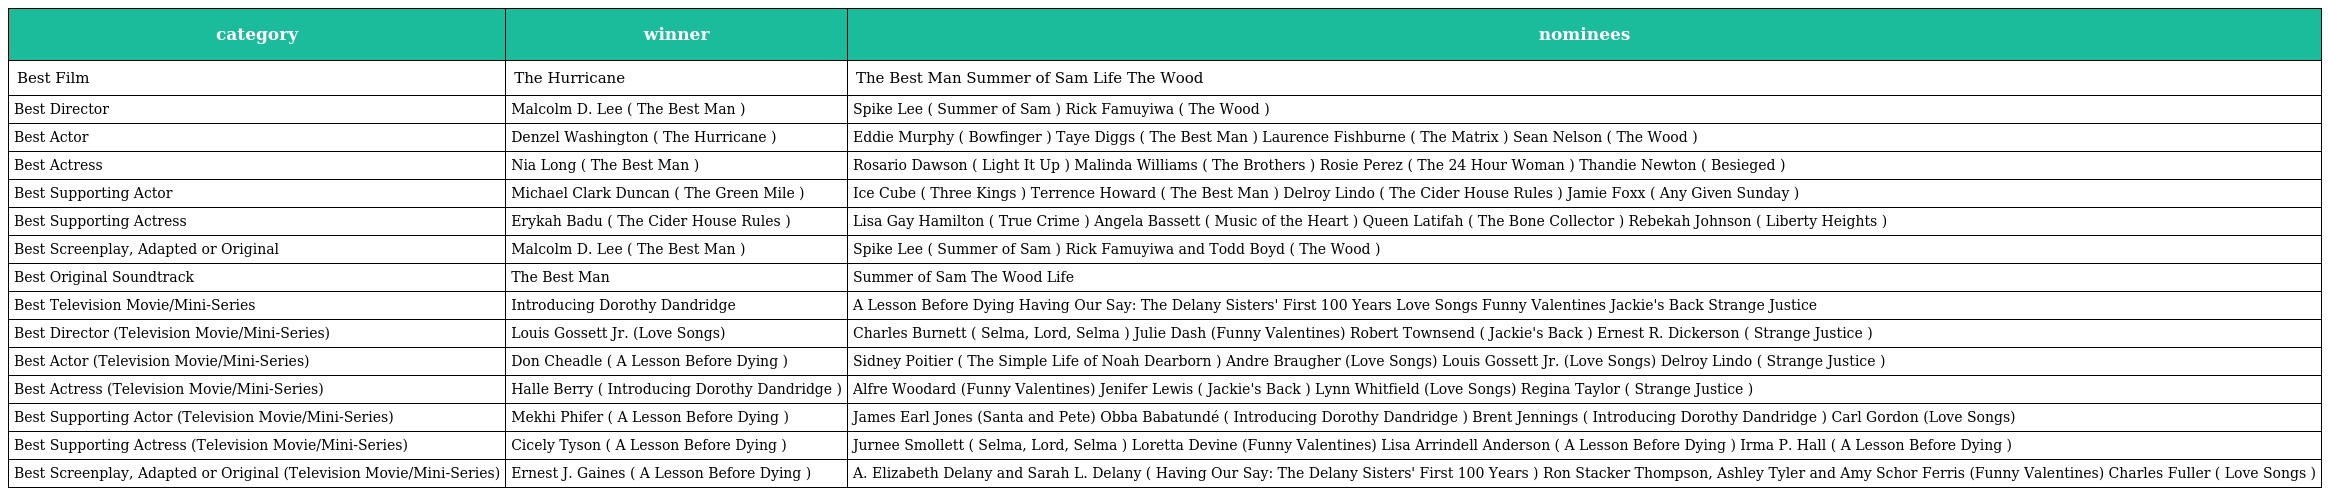
| category | winner | nominees |
 | --- | --- | --- |
 | Best Film | The Hurricane | The Best Man Summer of Sam Life The Wood |
 | Best Director | Malcolm D. Lee ( The Best Man ) | Spike Lee ( Summer of Sam ) Rick Famuyiwa ( The Wood ) |
 | Best Actor | Denzel Washington ( The Hurricane ) | Eddie Murphy ( Bowfinger ) Taye Diggs ( The Best Man ) Laurence Fishburne ( The Matrix ) Sean Nelson ( The Wood ) |
 | Best Actress | Nia Long ( The Best Man ) | Rosario Dawson ( Light It Up ) Malinda Williams ( The Brothers ) Rosie Perez ( The 24 Hour Woman ) Thandie Newton ( Besieged ) |
 | Best Supporting Actor | Michael Clark Duncan ( The Green Mile ) | Ice Cube ( Three Kings ) Terrence Howard ( The Best Man ) Delroy Lindo ( The Cider House Rules ) Jamie Foxx ( Any Given Sunday ) |
 | Best Supporting Actress | Erykah Badu ( The Cider House Rules ) | Lisa Gay Hamilton ( True Crime ) Angela Bassett ( Music of the Heart ) Queen Latifah ( The Bone Collector ) Rebekah Johnson ( Liberty Heights ) |
 | Best Screenplay, Adapted or Original | Malcolm D. Lee ( The Best Man ) | Spike Lee ( Summer of Sam ) Rick Famuyiwa and Todd Boyd ( The Wood ) |
 | Best Original Soundtrack | The Best Man | Summer of Sam The Wood Life |
 | Best Television Movie/Mini-Series | Introducing Dorothy Dandridge | A Lesson Before Dying Having Our Say: The Delany Sisters' First 100 Years Love Songs Funny Valentines Jackie's Back Strange Justice |
 | Best Director (Television Movie/Mini-Series) | Louis Gossett Jr. (Love Songs) | Charles Burnett ( Selma, Lord, Selma ) Julie Dash (Funny Valentines) Robert Townsend ( Jackie's Back ) Ernest R. Dickerson ( Strange Justice ) |
 | Best Actor (Television Movie/Mini-Series) | Don Cheadle ( A Lesson Before Dying ) | Sidney Poitier ( The Simple Life of Noah Dearborn ) Andre Braugher (Love Songs) Louis Gossett Jr. (Love Songs) Delroy Lindo ( Strange Justice ) |
 | Best Actress (Television Movie/Mini-Series) | Halle Berry ( Introducing Dorothy Dandridge ) | Alfre Woodard (Funny Valentines) Jenifer Lewis ( Jackie's Back ) Lynn Whitfield (Love Songs) Regina Taylor ( Strange Justice ) |
 | Best Supporting Actor (Television Movie/Mini-Series) | Mekhi Phifer ( A Lesson Before Dying ) | James Earl Jones (Santa and Pete) Obba Babatundé ( Introducing Dorothy Dandridge ) Brent Jennings ( Introducing Dorothy Dandridge ) Carl Gordon (Love Songs) |
 | Best Supporting Actress (Television Movie/Mini-Series) | Cicely Tyson ( A Lesson Before Dying ) | Jurnee Smollett ( Selma, Lord, Selma ) Loretta Devine (Funny Valentines) Lisa Arrindell Anderson ( A Lesson Before Dying ) Irma P. Hall ( A Lesson Before Dying ) |
 | Best Screenplay, Adapted or Original (Television Movie/Mini-Series) | Ernest J. Gaines ( A Lesson Before Dying ) | A. Elizabeth Delany and Sarah L. Delany ( Having Our Say: The Delany Sisters' First 100 Years ) Ron Stacker Thompson, Ashley Tyler and Amy Schor Ferris (Funny Valentines) Charles Fuller ( Love Songs ) |